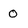
Character: 0